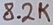
Text: 8.2K